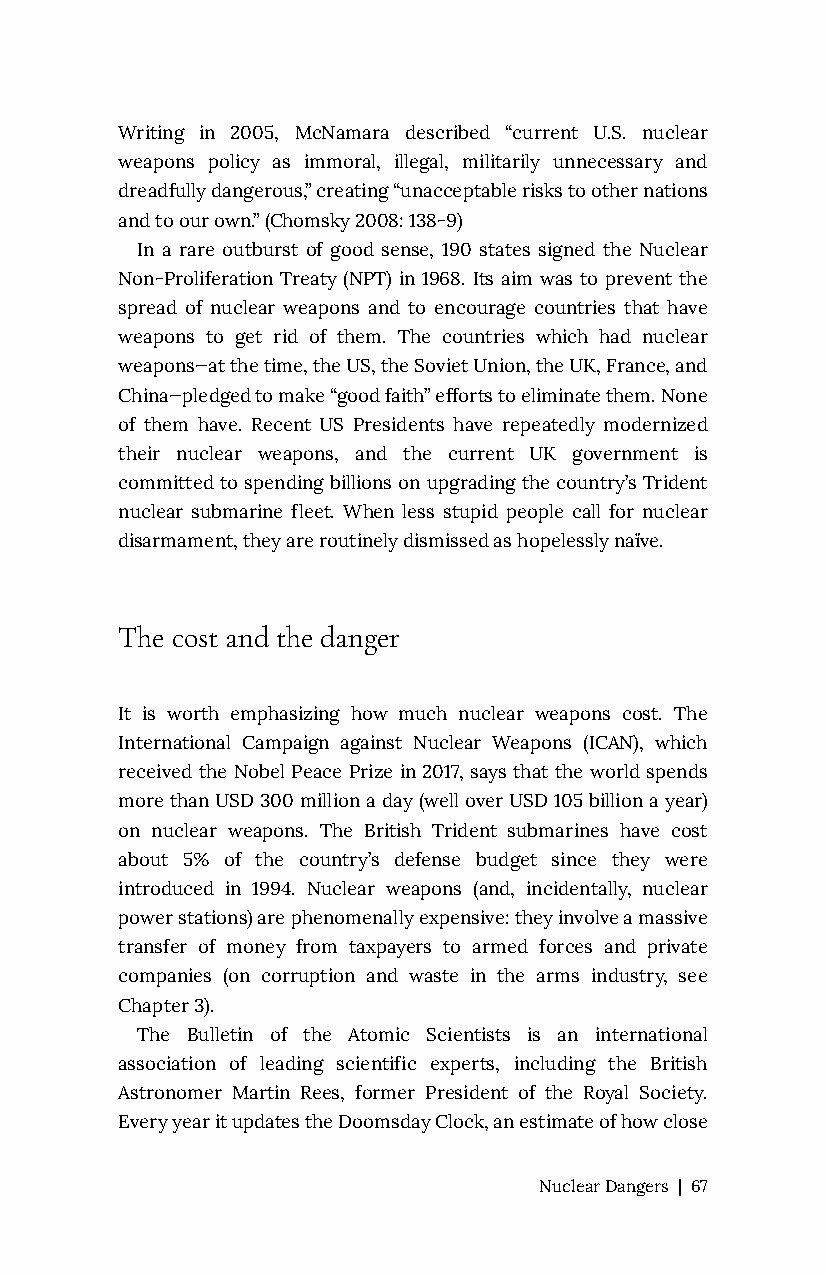
Writing in 2005, McNamara described “current U.S. nuclear
 weapons policy as immoral, illegal, militarily unnecessary and
 dreadfully dangerous,” creating “unacceptable risks to other nations
 and to our own.” (Chomsky 2008: 138-9)
 In a rare outburst of good sense, 190 states signed the Nuclear
 Non-Proliferation Treaty (NPT) in 1968. Its aim was to prevent the
 spread of nuclear weapons and to encourage countries that have
 weapons to get rid of them. The countries which had nuclear
 weapons—at the time, the US, the Soviet Union, the UK, France, and
 China—pledged to make “good faith” efforts to eliminate them. None
 of them have. Recent US Presidents have repeatedly modernized
 their nuclear weapons, and the current UK government is
 committed to spending billions on upgrading the country’s Trident
 nuclear submarine fleet. When less stupid people call for nuclear
 disarmament, they are routinely dismissed as hopelessly naïve.
 The cost and the danger
 It is worth emphasizing how much nuclear weapons cost. The
 International Campaign against Nuclear Weapons (ICAN), which
 received the Nobel Peace Prize in 2017, says that the world spends
 more than USD 300 million a day (well over USD 105 billion a year)
 on nuclear weapons. The British Trident submarines have cost
 about 5% of the country’s defense budget since they were
 introduced in 1994. Nuclear weapons (and, incidentally, nuclear
 power stations) are phenomenally expensive: they involve a massive
 transfer of money from taxpayers to armed forces and private
 companies (on corruption and waste in the arms industry, see
 Chapter 3).
 The Bulletin of the Atomic Scientists is an international
 association of leading scientific experts, including the British
 Astronomer Martin Rees, former President of the Royal Society.
 Every year it updates the Doomsday Clock, an estimate of how close
 Nuclear Dangers | 67